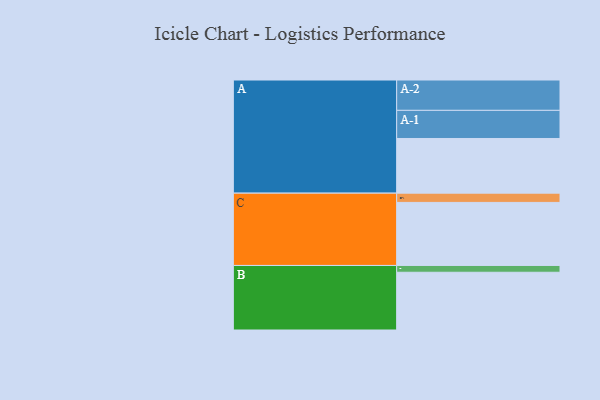
{"axis": {"x": "Segment", "y": "Value"}, "legend": ["", "A", "B", "C"], "data": [{"x": "A", "y": 443, "type": ""}, {"x": "B", "y": 468, "type": ""}, {"x": "C", "y": 511, "type": ""}, {"x": "A-1", "y": 228, "type": "A"}, {"x": "A-2", "y": 246, "type": "A"}, {"x": "B-1", "y": 55, "type": "B"}, {"x": "C-1", "y": 75, "type": "C"}]}